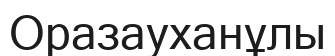
Оразауханұлы